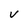
Character: V